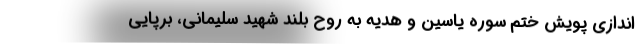
اندازی پویش ختم سوره یاسین و هدیه به روح بلند شهید سلیمانی، برپایی